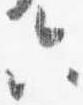
六